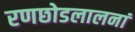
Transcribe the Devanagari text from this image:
रणछोडलालनां